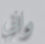
واني